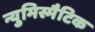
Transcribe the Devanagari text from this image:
न्युमिस्मैटिक